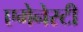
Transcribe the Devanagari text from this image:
एमेनेस्टी